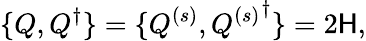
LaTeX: \{ Q,Q^{\dagger}\} =\{ Q^{(s)},{Q^{(s)}}^{\dagger}\} =2{\cal\mathsf{H}},